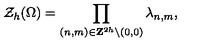
{ \cal Z } _ { h } ( \Omega ) = \prod _ { ( n , m ) \in { \bf Z } ^ { 2 h } \backslash { ( 0 , 0 ) } } \lambda _ { n , m } ,